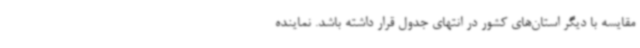
مقایسه با دیگر استان‌های کشور در انتهای جدول قرار داشته باشد. نماینده